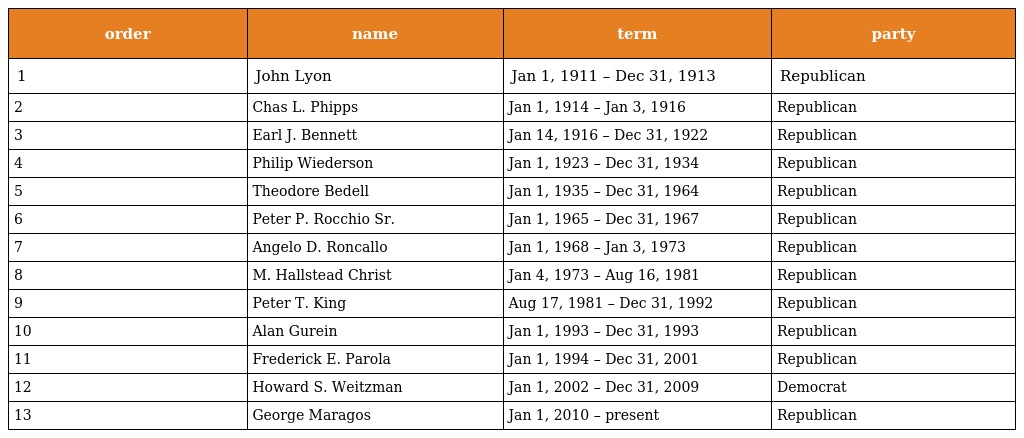
| order | name | term | party |
 | --- | --- | --- | --- |
 | 1 | John Lyon | Jan 1, 1911 – Dec 31, 1913 | Republican |
 | 2 | Chas L. Phipps | Jan 1, 1914 – Jan 3, 1916 | Republican |
 | 3 | Earl J. Bennett | Jan 14, 1916 – Dec 31, 1922 | Republican |
 | 4 | Philip Wiederson | Jan 1, 1923 – Dec 31, 1934 | Republican |
 | 5 | Theodore Bedell | Jan 1, 1935 – Dec 31, 1964 | Republican |
 | 6 | Peter P. Rocchio Sr. | Jan 1, 1965 – Dec 31, 1967 | Republican |
 | 7 | Angelo D. Roncallo | Jan 1, 1968 – Jan 3, 1973 | Republican |
 | 8 | M. Hallstead Christ | Jan 4, 1973 – Aug 16, 1981 | Republican |
 | 9 | Peter T. King | Aug 17, 1981 – Dec 31, 1992 | Republican |
 | 10 | Alan Gurein | Jan 1, 1993 – Dec 31, 1993 | Republican |
 | 11 | Frederick E. Parola | Jan 1, 1994 – Dec 31, 2001 | Republican |
 | 12 | Howard S. Weitzman | Jan 1, 2002 – Dec 31, 2009 | Democrat |
 | 13 | George Maragos | Jan 1, 2010 – present | Republican |